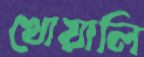
খোয়ালি